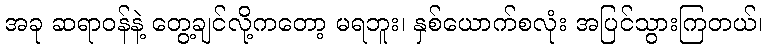
အခု ဆရာဝန်နဲ့ တွေ့ချင်လို့ကတော့ မရဘူး၊ နှစ်ယောက်စလုံး အပြင်သွားကြတယ်၊